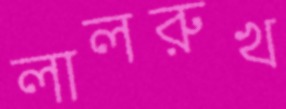
লালরুখ